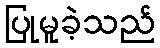
ပြုမူခဲ့သည်